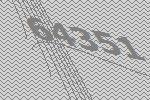
64351